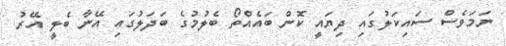
ނަމަވެސް ސައިކަލުގައި ދިޔައީ ކޮން ބައެއްތޯ ބެލުމުގެ ބަދަލުގައި އޭނާ ބެލީ އޭރު